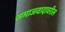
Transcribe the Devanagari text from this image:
समाजवादावरील